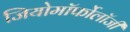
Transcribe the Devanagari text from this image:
जियोमॉर्फोलॉजी